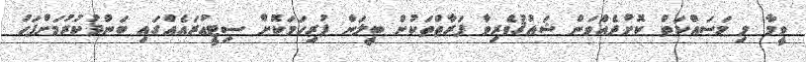
ވީމާ މި މަސައްކަތް ކޮށްދެއްވަން ޝައުޤުވެރިވާ ފަރާތްތަކުން ބީލަން ފުރިހަމަކޮށް ސިޓީއުރައެއްގައި ބަންދުކުރުމަށްފަހު